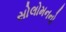
સોલોમનનો